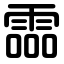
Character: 霝